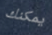
يمكنك